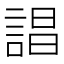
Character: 誯